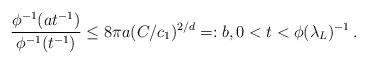
LaTeX: \begin{align*} \frac{\phi^{-1}(at^{-1})}{\phi^{-1}(t^{-1})}\leq 8\pi a(C/c_1)^{2/d}=:b,0<t<\phi(\lambda_L)^{-1}\,.\end{align*}